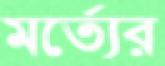
মর্ত্যের